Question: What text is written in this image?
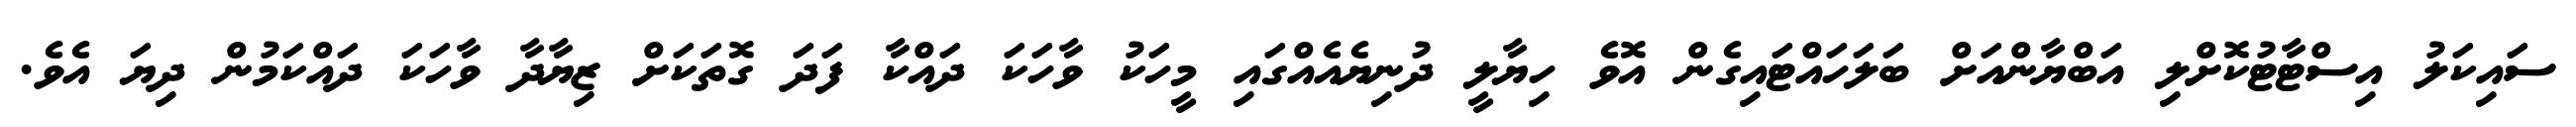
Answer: ސައިކަލު އިސްޓާޓުކޮށްލި އަބްޔާންއަށް ބަލަހައްޓައިގެން އޮވެ ހިޔާލީ ދުނިޔެއެއްގައި މީހަކު ވާހަކަ ދައްކާ ފަދަ ގޮތަކަށް ޒިޔާދާ ވާހަކަ ދައްކަމުން ދިޔަ އެވެ.